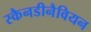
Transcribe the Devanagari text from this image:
स्कैनडीनैवियन